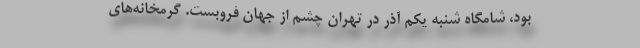
بود، شامگاه شنبه یکم آذر در تهران چشم از جهان فروبست. گرمخانه‌های